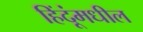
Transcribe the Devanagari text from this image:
हिंदूंमधील